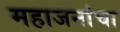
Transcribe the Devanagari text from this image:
महाजनांचा